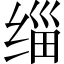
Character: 缁